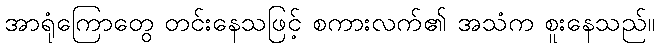
အာရုံကြောတွေ တင်းနေသဖြင့် စကားလက်၏ အသံက စူးနေသည်။